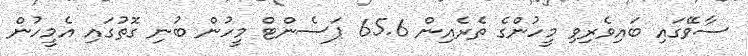
ސާވޭގައި ބައިވެރިވި މީހުންގެ ތެރެއިން 65.6 ޕަސެންޓް މީހުން ބުނި ގޮތުގައި އެމީހުން